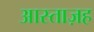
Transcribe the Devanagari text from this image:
आस्ताज़ह